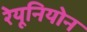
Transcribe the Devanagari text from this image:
रेयूनियोन